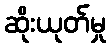
ဆိုးယုတ်မှု